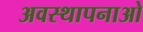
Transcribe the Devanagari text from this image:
अवस्थापनाओ